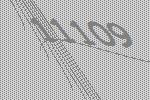
11109